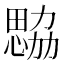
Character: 𢣢